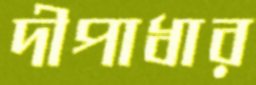
দীপাধার